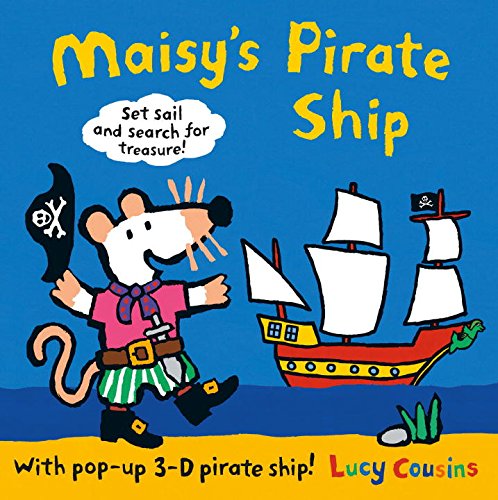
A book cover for Maisy's Pirate Ship: A Pop-up-and-Play Book; Lucy Cousins; Children's Books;